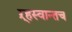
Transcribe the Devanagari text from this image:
ऱ्हस्वान्तच